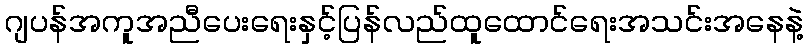
ဂျပန်အကူအညီပေးရေးနှင့်ပြန်လည်ထူထောင်ရေးအသင်းအနေနဲ့